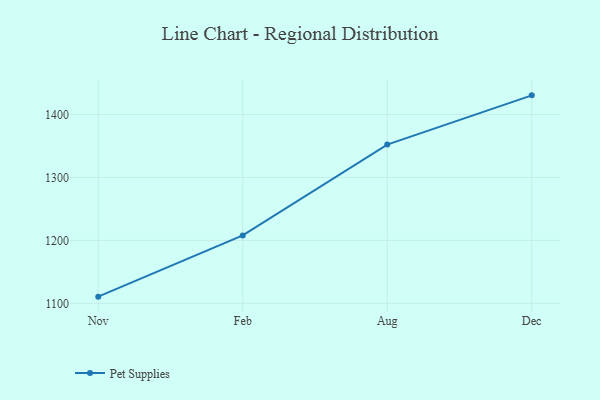
{"axis": {"x": "Month", "y": "Latency (ms)"}, "legend": ["Pet Supplies"], "data": [{"x": "Nov", "y": 1110.6, "type": "Pet Supplies"}, {"x": "Feb", "y": 1207.8, "type": "Pet Supplies"}, {"x": "Aug", "y": 1352.2, "type": "Pet Supplies"}, {"x": "Dec", "y": 1430.4, "type": "Pet Supplies"}]}